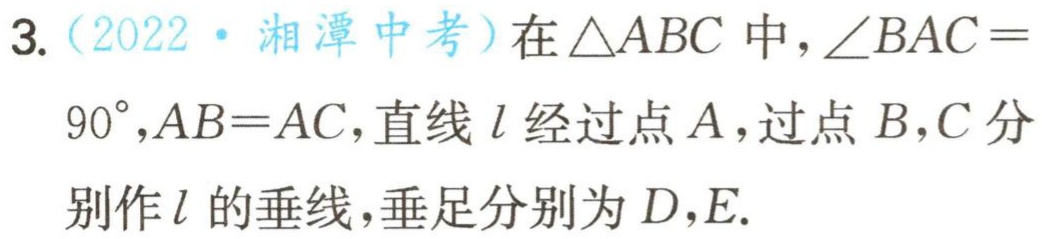
3.（2022·湘潭中考）在\(\triangle ABC\)中，\(\angle BAC = 90^{\circ},AB = AC\)，直线\(l\)经过点\(A\)，过点\(B,C\)分别作\(l\)的垂线，垂足分别为\(D,E\).